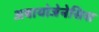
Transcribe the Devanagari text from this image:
अबायोजेनेसिस